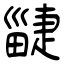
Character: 疀